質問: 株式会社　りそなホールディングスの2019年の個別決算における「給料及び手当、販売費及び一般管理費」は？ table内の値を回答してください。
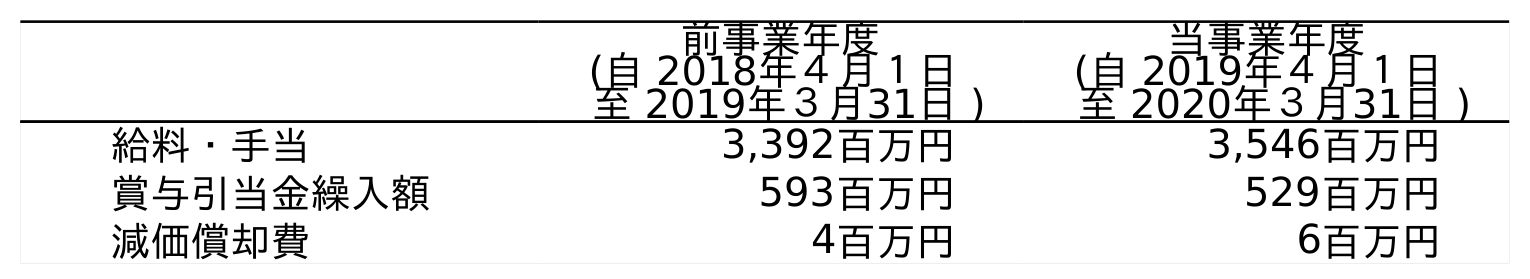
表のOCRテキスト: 前事業年度 (自 2018年４月１日 至 2019年３月31日 ) 当事業年度 (自 2019年４月１日 至 2020年３月31日 ) 給料・手当 3,392百万円 3,546百万円 賞与引当金繰入額 593百万円 529百万円 減価償却費 4百万円 6百万円
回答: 3,392